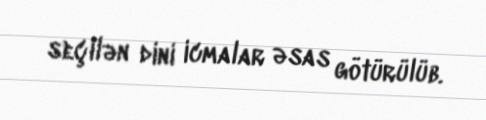
seçilən dini icmalar əsas götürülüb.